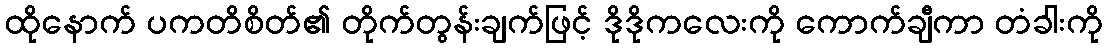
ထိုနောက် ပကတိစိတ်၏ တိုက်တွန်းချက်ဖြင့် ဒိုဒိုကလေးကို ကောက်ချီကာ တံခါးကို